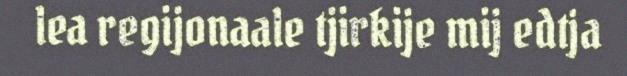
lea regijonaale tjirkije mij edtja